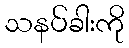
သနပ်ခါးကို